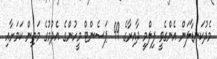
މެދުކަނޑާލަން އެންގެވީ ފިލްމީ ދާއިރާގެ 99 ޕަސެންޓް މީހުންގެ އެދުމުގެ މަތިން ކަމަށާއި